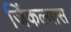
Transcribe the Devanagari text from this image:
जिंकल्यास